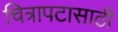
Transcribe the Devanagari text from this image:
चित्रापटासाठी